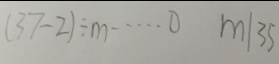
( 3 7 - 2 ) \div m \cdots 0 m \vert 3 5